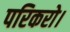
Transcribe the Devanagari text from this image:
परिकरो।